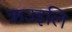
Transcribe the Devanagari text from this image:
ऋउइलि